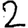
Digit: 2